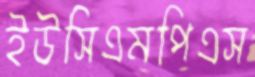
ইউসিএমপিএস